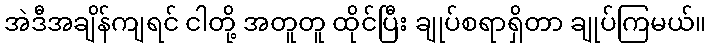
အဲဒီအချိန်ကျရင် ငါတို့ အတူတူ ထိုင်ပြီး ချုပ်စရာရှိတာ ချုပ်ကြမယ်။